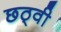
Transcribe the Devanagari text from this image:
छठ्वी